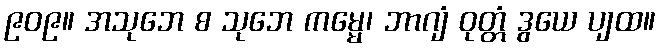
၉၀၉။ အသုဘေ စ သုဘေ ကမ္မေ၊ ဘာဂျံ ဝုတ္တံ ဒွယေ ပျထ။